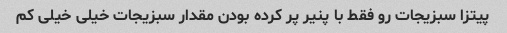
پیتزا سبزیجات رو فقط با پنیر پر کرده بودن مقدار سبزیجات خیلی خیلی کم